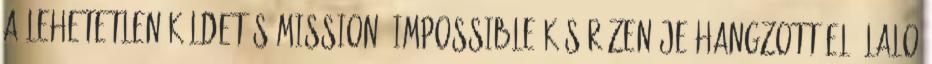
a Lehetetlen küldetés Mission: Impossible kísérőzenéje hangzott el, Lalo